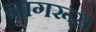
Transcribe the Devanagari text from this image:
जागरूस